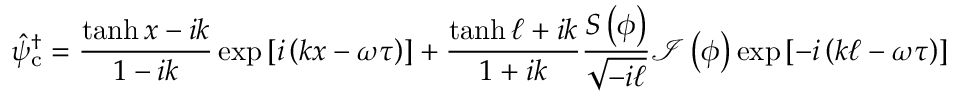
\hat { \psi } _ { \mathrm { c } } ^ { \dagger } = \frac { \operatorname { t a n h } x - i k } { 1 - i k } \exp { [ i \left( k x - \omega \tau \right) ] } + \frac { \operatorname { t a n h } \ell + i k } { 1 + i k } \frac { S \left( \phi \right) } { \sqrt { - i \ell } } \mathcal { I } \left( \phi \right) \exp { [ - i \left( k \ell - \omega \tau \right) ] }